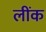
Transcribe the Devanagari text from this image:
लींक